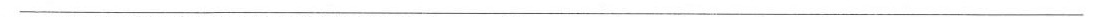
___